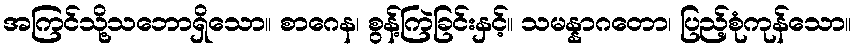
အကြင်သို့သဘောရှိသော။ စာဂေန၊ စွန့်ကြဲခြင်းနှင့်။ သမန္နာဂတော၊ ပြည့်စုံကုန်သော။